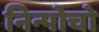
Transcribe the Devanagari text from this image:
निन्पोचो